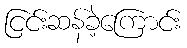
ငြင်းဆန်ခဲ့ကြောင်း